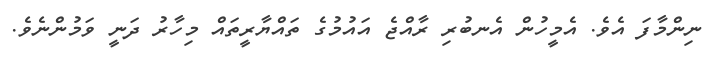
ނިންމާފަ އެވެ. އެމީހުން އެނބުރި ރާއްޖެ އައުމުގެ ތައްޔާރީތައް މިހާރު ދަނީ ވަމުންނެވެ.